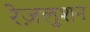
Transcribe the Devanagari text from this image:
रेज़लुशन